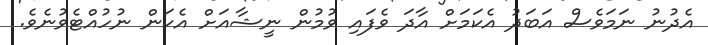
އެދުނު ނަމަވެސް އަބަދު އެކަމަށް އާދަ ވެފައި ވުމުން ނީޝާއަށް އެކަން ނުހުއްޓެވުނެވެ.